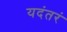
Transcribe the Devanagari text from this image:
यदंतरं